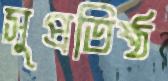
সুপ্রতিষ্ঠ